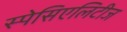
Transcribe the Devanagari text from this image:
स्पेसिएलिटीज